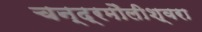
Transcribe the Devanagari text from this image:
चन्‍द्रमौलीश्‍वरा